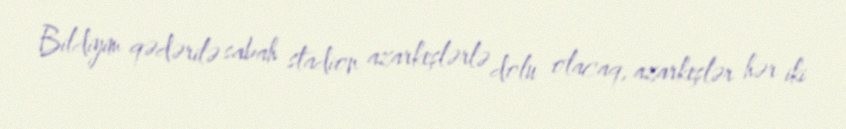
Bildiyim qədərilə sabah stadion azarkeşlərlə dolu olacaq, azarkeşlər hər iki